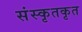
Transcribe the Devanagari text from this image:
संस्कृतकृत